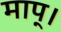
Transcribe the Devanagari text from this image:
माप्।